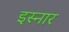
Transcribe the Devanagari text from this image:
इस्नार